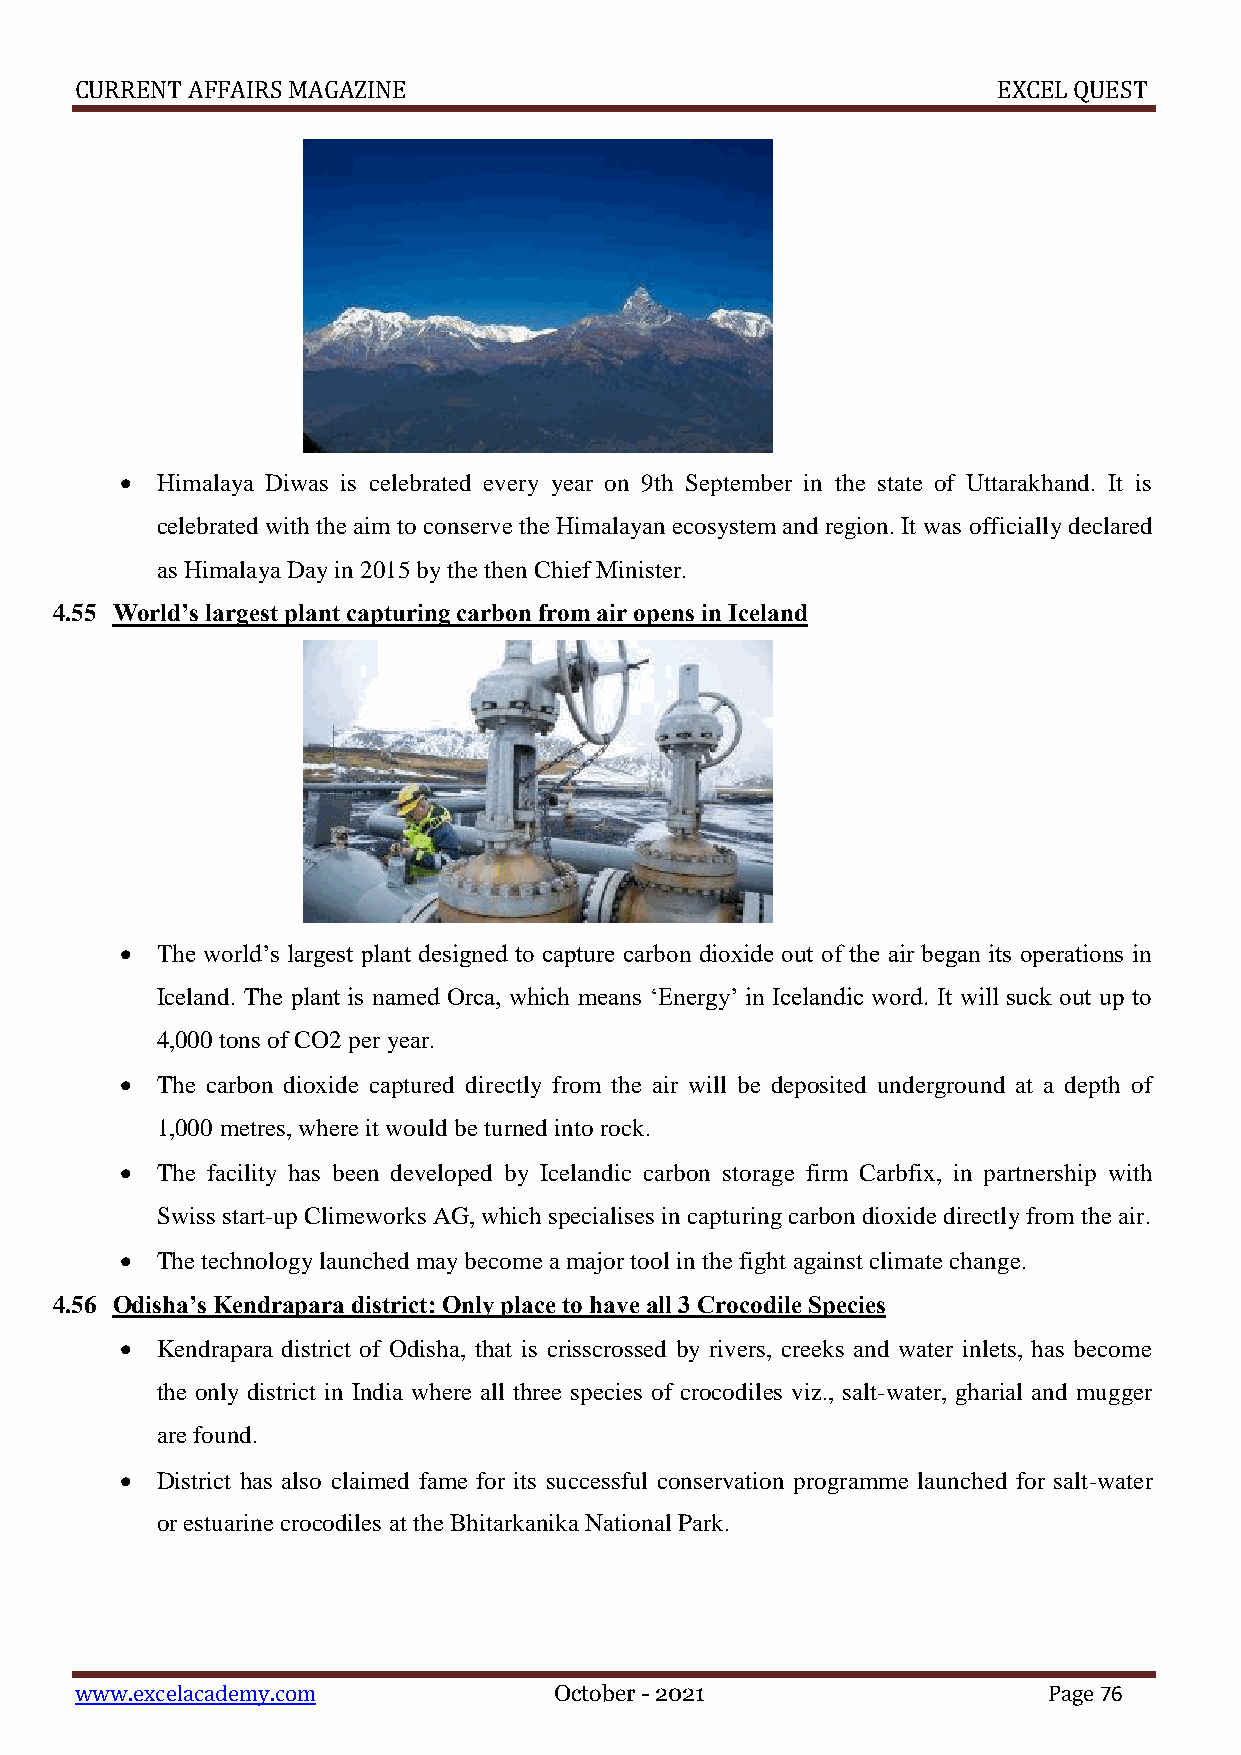
CURRENT AFFAIRS MAGAZINE                                     EXCEL QUEST
  Himalaya Diwas is celebrated every year on 9th September in the state of Uttarakhand. It is
 celebrated with the aim to conserve the Himalayan ecosystem and region. It was officially declared
 as Himalaya Day in 2015 by the then Chief Minister.
 4.55 World’s largest plant capturing carbon from air opens in Iceland
  The world’s largest plant designed to capture carbon dioxide out of the air began its operations in
 Iceland. The plant is named Orca, which means ‘Energy’ in Icelandic word. It will suck out up to
 4,000 tons of CO2 per year.
  The carbon dioxide captured directly from the air will be deposited underground at a depth of
 1,000 metres, where it would be turned into rock.
  The facility has been developed by Icelandic carbon storage firm Carbfix, in partnership with
 Swiss start-up Climeworks AG, which specialises in capturing carbon dioxide directly from the air.
  The technology launched may become a major tool in the fight against climate change.
 4.56 Odisha’s Kendrapara district: Only place to have all 3 Crocodile Species
  Kendrapara district of Odisha, that is crisscrossed by rivers, creeks and water inlets, has become
 the only district in India where all three species of crocodiles viz., salt-water, gharial and mugger
 are found.
  District has also claimed fame for its successful conservation programme launched for salt-water
 or estuarine crocodiles at the Bhitarkanika National Park.
 www.excelacademy.com            October - 2021                  Page 76